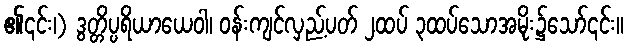
၏၎င်း၊) ဒွတ္တိပ္ပရိယာယေဝါ၊ ဝန်းကျင်လှည့်ပတ် ၂ထပ် ၃ထပ်သောအမိုး၌သော်၎င်း။